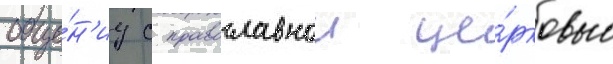
обще́н'иу с православнои це́рковью